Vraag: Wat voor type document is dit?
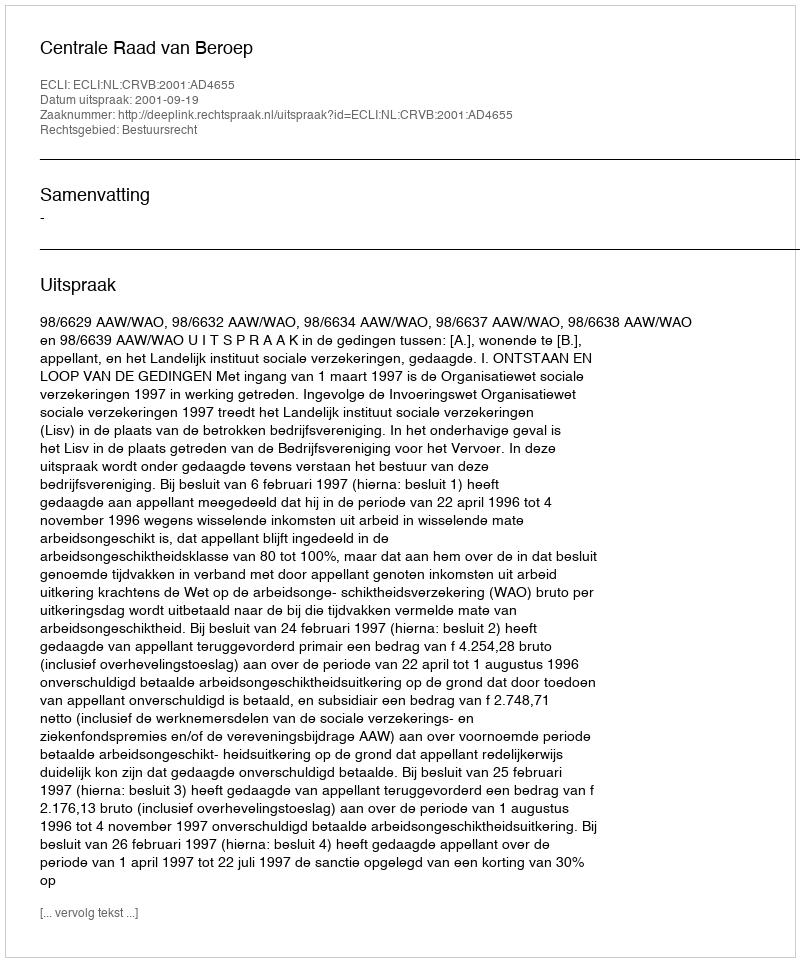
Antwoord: Uitspraak